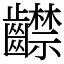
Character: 齽